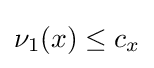
\nu _{1}(x)\leq c_{x}